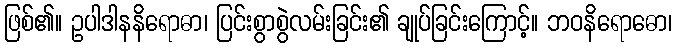
ဖြစ်၏။ ဥပါဒါနနိရောဓာ၊ ပြင်းစွာစွဲလမ်းခြင်း၏ ချုပ်ခြင်းကြောင့်။ ဘဝနိရောဓော၊